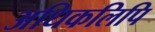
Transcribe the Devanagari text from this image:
अधिकलिपि